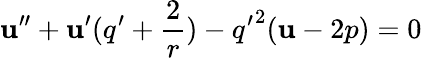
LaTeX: \mathbf{u}^{\prime\prime}+\mathbf{u}^{\prime}(q^{\prime}+\frac{{2}}{{r}})-{q^{\prime}}^{2}(\mathbf{u}-2p)=0